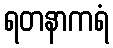
ရတနာကရံ